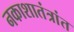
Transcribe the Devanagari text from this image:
नकाशातंत्रांत